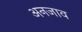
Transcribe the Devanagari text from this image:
अनजाव